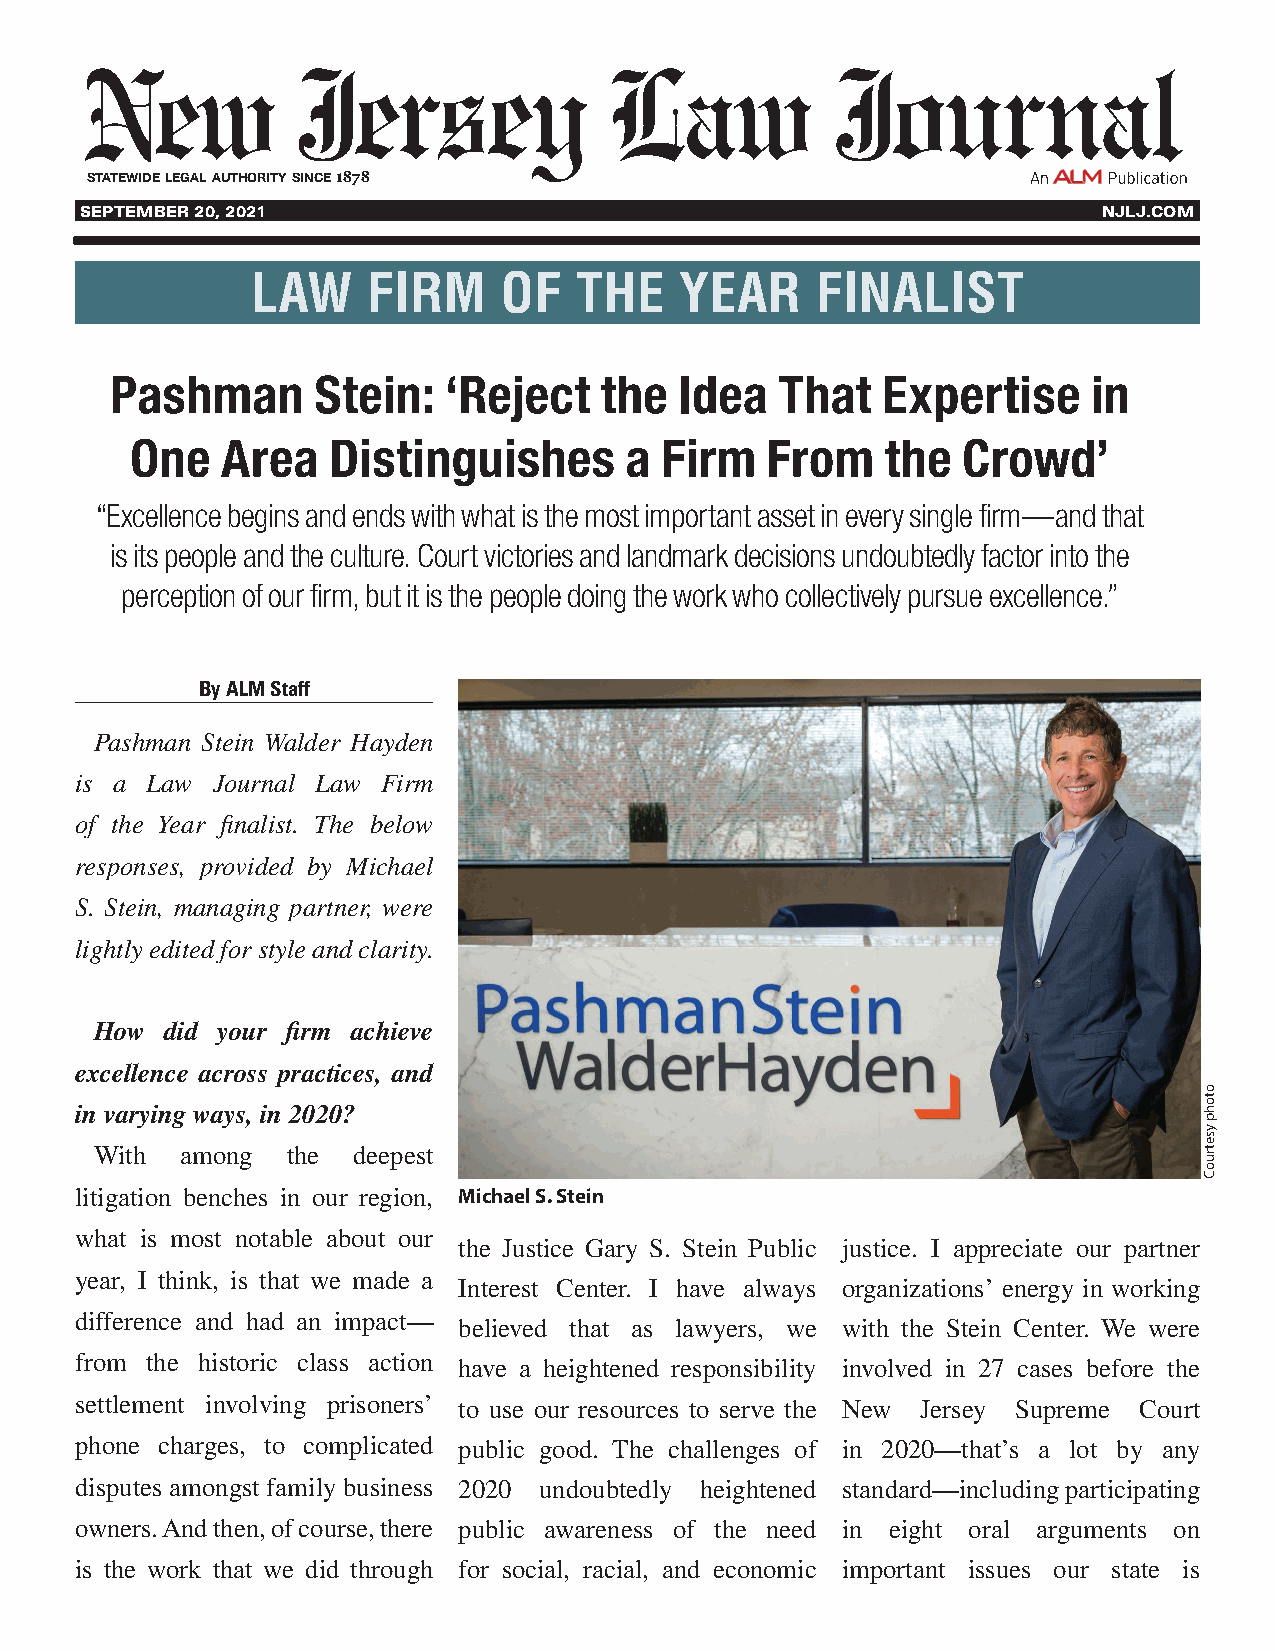
statewide legal authority since 1878
 SEPTEMBER 20, 2021                                                  NJLJ.COM
 LAW    FIRM     OF   THE    YEAR     FINALIST
 Pashman       Stein:  ‘Reject    the  Idea   That  Expertise     in
 One   Area   Distinguishes      a  Firm   From    the  Crowd’
 “Excellence begins and ends with what is the most important asset in every single firm—and that
 is its people and the culture. Court victories and landmark decisions undoubtedly factor into the
 perception of our firm, but it is the people doing the work who collectively pursue excellence.”
 By ALM Staff
 Pashman Stein Walder Hayden
 is a Law Journal Law Firm
 of the Year finalist. The below
 responses, provided by Michael
 S. Stein, managing partner, were
 lightly edited for style and clarity.
 How  did your firm achieve
 excellence across practices, and
 in varying ways, in 2020?
 With  among  the deepest
 litigation benches in our region, Michael S. Stein
 what is most notable about our
 the Justice Gary S. Stein Public justice. I appreciate our partner
 year, I think, is that we made a
 Interest Center. I have always organizations’ energy in working
 difference and had an impact—
 believed that as lawyers, we with the Stein Center. We were
 from the historic class action have a heightened responsibility involved in 27 cases before the
 settlement involving prisoners’ to use our resources to serve the New Jersey Supreme Court
 phone charges, to complicated public good. The challenges of in 2020—that’s a lot by any
 disputes amongst family business 2020 undoubtedly heightened standard—including participating
 owners. And then, of course, there public awareness of the need in eight oral arguments on
 is the work that we did through for social, racial, and economic important issues our state is
 otohp
 ysetruoC